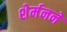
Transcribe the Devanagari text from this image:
शेर्मनने